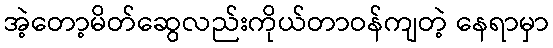
အဲ့တော့မိတ်ဆွေလည်းကိုယ်တာဝန်ကျတဲ့ နေရာမှာ